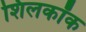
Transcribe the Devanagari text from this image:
शिलकॉक